Annual statistical returns and brief notes on vaccination in Bengal - 1896-1909
Year: 1896
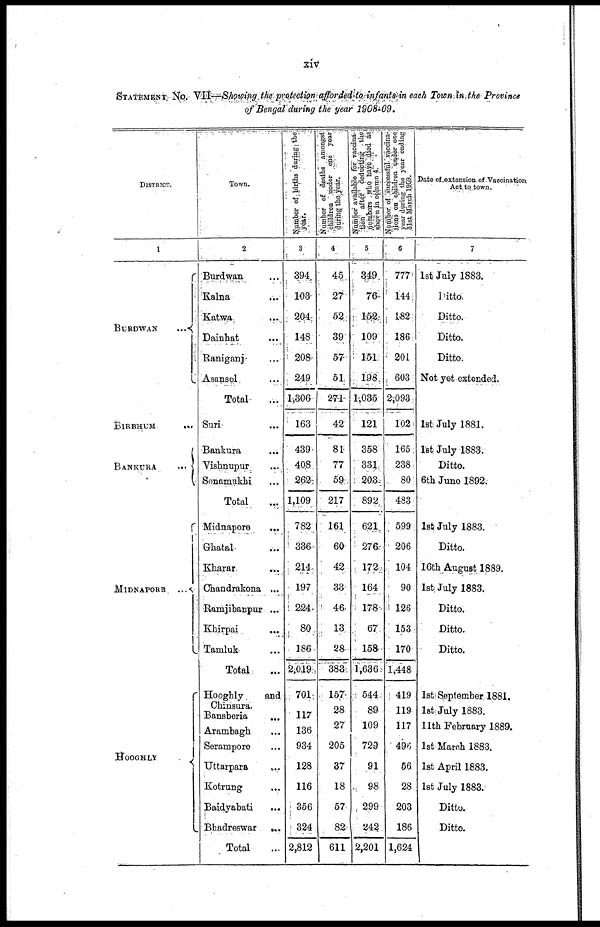
xiv
STATEMENT No. VII—Showing the protection afforded to infants in each Town in the Province
of Bengal during the year 1908-09.
DISTRICT.
1
BURDWAN
...
BIRBHUM
...
BANKURA
...
MIDNAPORE
...
HOOGHLY
Town.
2
Burdwan ...
Kalna ...
Katwa
...
Dainhat
...
Raniganj ...
Asansol ...
Total ...
Suri ...
Bankura ...
Vishnupur ...
Sonamukhi ...
Total ...
Midnapore
...
Ghatal ...
Kharar ...
Chandrakona ...
Ramjibanpur ...
Khirpai
...
Tamluk ...
Total ...
Hooghly
and
Chinsura.
Bansberia ...
Arambagh ...
Serampore
Uttarpara ...
Kotrung
...
Baidyabati ...
Bhadreswar ...
Total ...
Number of births during the
3
394
103
204
148
208
249
1,306
163
439
408
262
1,109
782
336
214
197
224
80
186
2,019
701
117
136
934
128
116
356
324
2,812
Number of deaths amongst
children under one year
during the year.
4
45
27
52
39
57
51
271
42
81
77
59
217
161
60
42
33
46
13
28
383
157
28
27
205
37
18
57
82
611
Number available for vaccina-
tion after deducting the
numbers who have died as
shorn in column 4.
5
349
76
152
109
151
198
1,035
121
358
331
203
892
621
276
172
164
178
67
158
1,636
544
89
109
729
91
98
299
242
2,201
Number of successful vaccina-
tions on children under one
year during the year ending
31st March 1969.
6
777
144
182
186
201
603
2,093
102
165
238
80
483
599
206
104
90
126
153
170
1,448
419
119
117
490
56
28
203
186
1,624
Date of extension of Vaccination
Act to town.
7
1st July 1883.
Ditto.
Ditto.
Ditto.
Ditto.
Not yet extended.
1st July 1881.
1st July 1883.
Ditto.
6th June 1892.
1st July 1883.
Ditto.
16th August 1889.
1st July 1883.
Ditto.
Ditto.
Ditto.
1st September 1881.
1st July 1883.
11th February 1889.
1st March 1883.
1st April 1883.
1st July 1883.
Ditto.
Ditto.